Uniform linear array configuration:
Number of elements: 8
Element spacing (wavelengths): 0.75
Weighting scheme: hamming
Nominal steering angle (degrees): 45
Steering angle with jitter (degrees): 45.339
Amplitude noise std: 0.05
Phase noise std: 0.05

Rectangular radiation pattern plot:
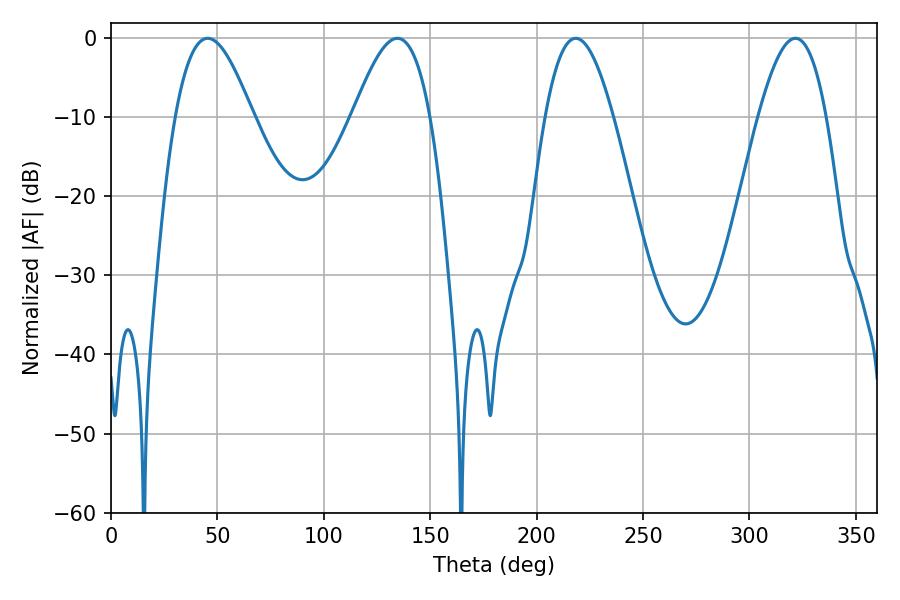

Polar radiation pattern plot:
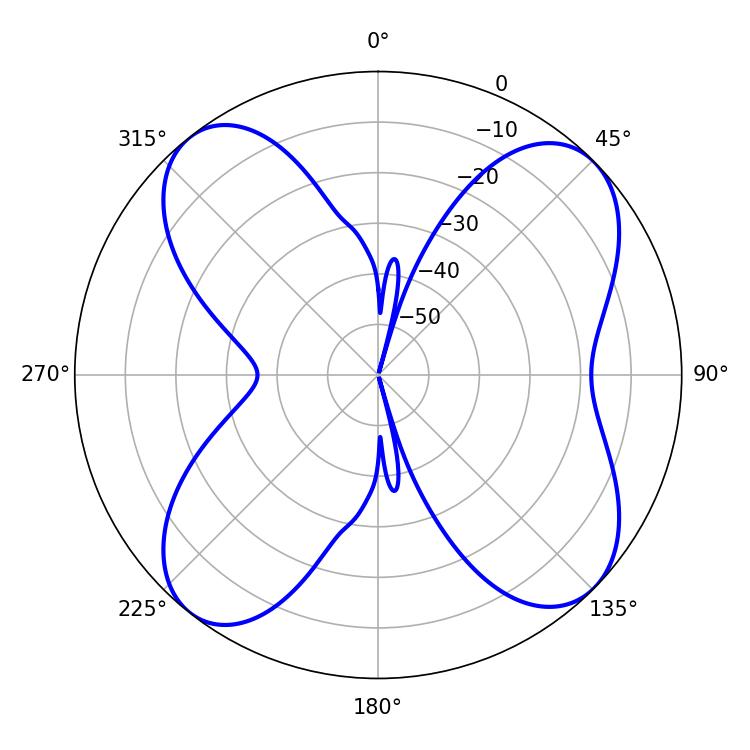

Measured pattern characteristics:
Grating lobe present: TRUE
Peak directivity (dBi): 11.425
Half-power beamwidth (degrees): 17.28
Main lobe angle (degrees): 218.34